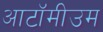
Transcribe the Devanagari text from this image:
आटॉमीउम